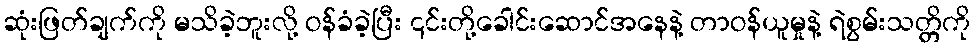
ဆုံးဖြတ်ချက်ကို မသိခဲ့ဘူးလို့ ဝန်ခံခဲ့ပြီး ၎င်းတို့ခေါင်းဆောင်အနေနဲ့ တာဝန်ယူမှုနဲ့ ရဲစွမ်းသတ္တိကို